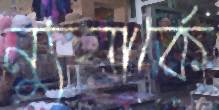
ন্যুয়ার্কে